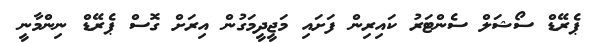
ޕެރޭޑް ސޯޝަލް ސެންޓަރު ކައިރިން ފަށައި މަޖީދީމަގުން އިރަށް ގޮސް ޕެރޭޑް ނިންމާނީ